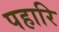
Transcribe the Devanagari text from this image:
पहारि